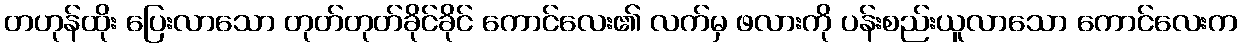
တဟုန်ထိုး ပြေးလာသော တုတ်တုတ်ခိုင်ခိုင် ကောင်လေး၏ လက်မှ ဖလားကို ပန်းစည်းယူလာသော ကောင်လေးက